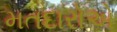
મતદારોએ